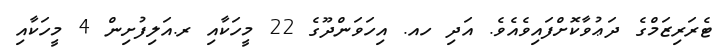
ޓެރަރިޒަމްގެ ދަޢުވާކޮށްފައިވެއެވެ. އަދި ހއ. އިހަވަންދޫގެ 22 މީހަކާއި ރ.އަލިފުށިން 4 މީހަކާއި